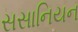
સસાનિયન